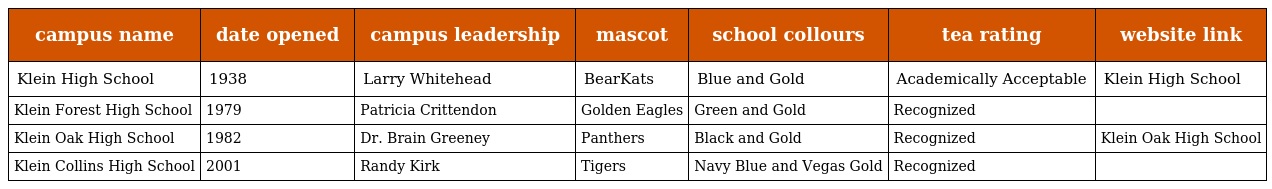
| campus name | date opened | campus leadership | mascot | school collours | tea rating | website link |
 | --- | --- | --- | --- | --- | --- | --- |
 | Klein High School | 1938 | Larry Whitehead | BearKats | Blue and Gold | Academically Acceptable | Klein High School |
 | Klein Forest High School | 1979 | Patricia Crittendon | Golden Eagles | Green and Gold | Recognized |  |
 | Klein Oak High School | 1982 | Dr. Brain Greeney | Panthers | Black and Gold | Recognized | Klein Oak High School |
 | Klein Collins High School | 2001 | Randy Kirk | Tigers | Navy Blue and Vegas Gold | Recognized |  |